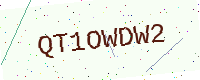
Text: QT1OWDW2